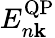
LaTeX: E_{n\textbf{k}}^{\mathrm{QP}}